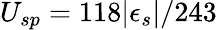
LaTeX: U_{sp}=118|\epsilon_{s}|/243